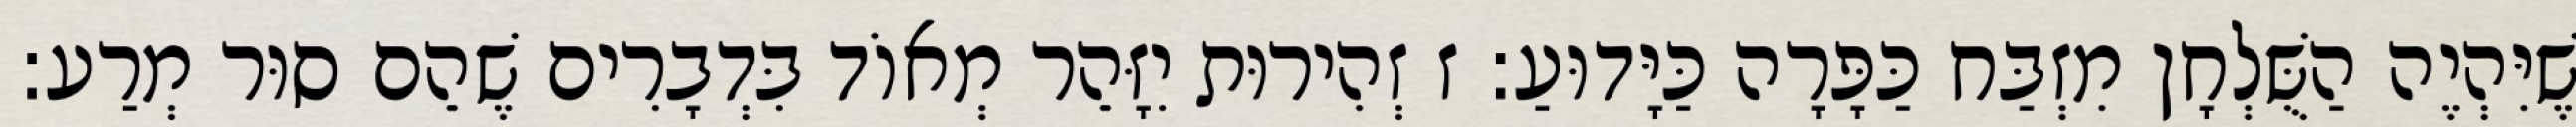
שֶׁיִּהְיֶה הַשֻּׁלְחָן מִזְבַּח כַּפָּרָה כַּיָּדוּעַ: ז זְהִירוּת יִזָּהֵר מְאוֹד בִּדְבָרִים שֶׁהֵם סוּר מְרַע: